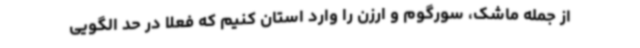
از جمله ماشک، سورگوم و ارزن را وارد استان کنیم که فعلاً در حد الگویی